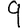
Digit: 9